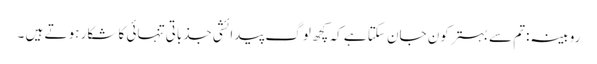
روبینہ:تم سے بہتر کون جان سکتا ہے کہ کچھ لوگ پیدائشی جذباتی تنہائی کا شکار ہو تے ہیں ۔